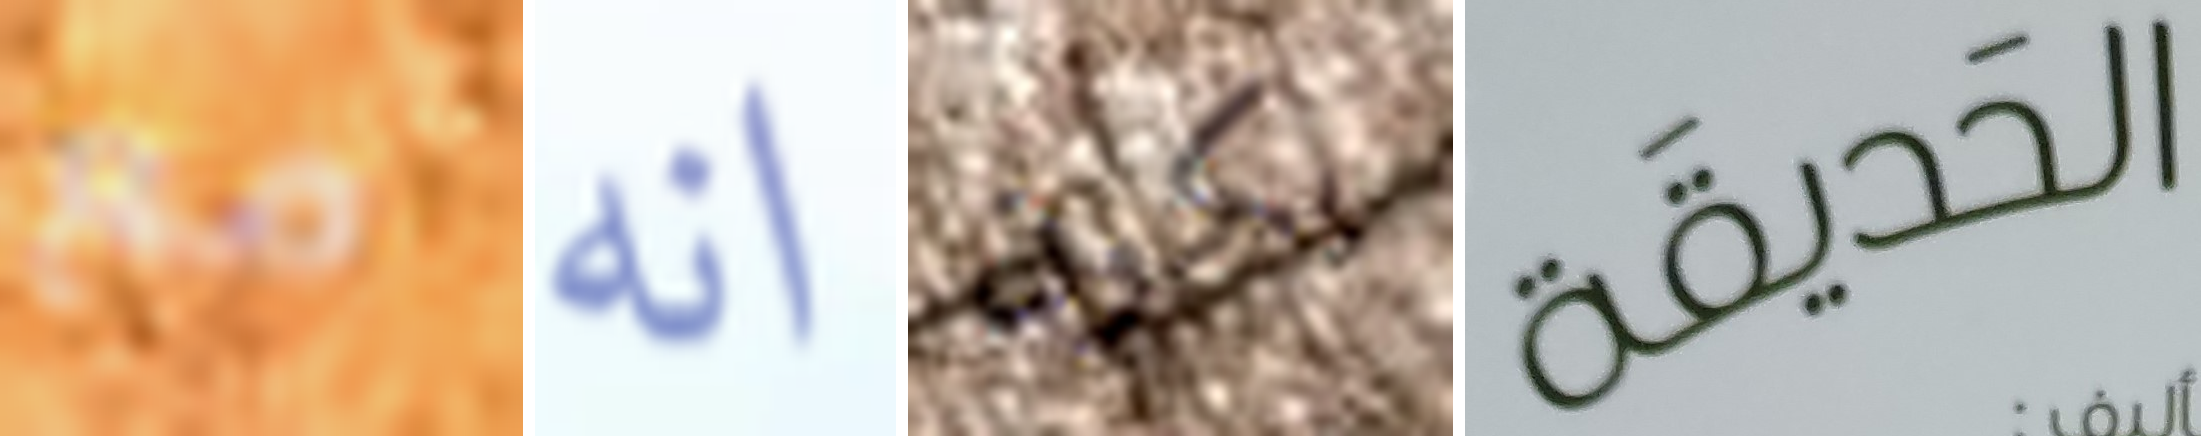
مع انه يكون الحديقة